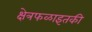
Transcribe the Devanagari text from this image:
क्षेत्रफळाइतकी